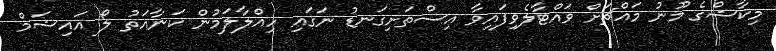
މިކާޝްގެ މޫނު މައްޗަށް ވައްޓާލެވިފައިވާ އިސްތަށިގަނޑު ނަގައި ހިއްލާލަމުން ކަނާއަތު ލޯ އައިޝަމް